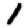
Digit: 1